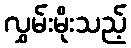
လွှမ်းမိုးသည့်